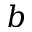
b